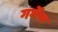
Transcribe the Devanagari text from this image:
गर्गेण